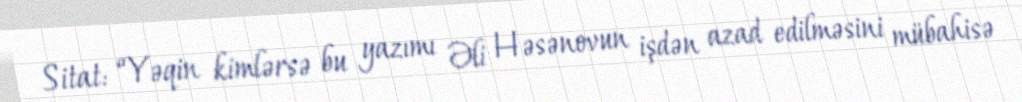
Sitat: “Yəqin kimlərsə bu yazımı Əli Həsənovun işdən azad edilməsini mübahisə